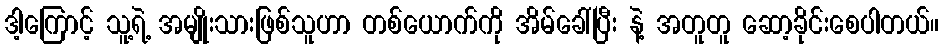
ဒါ့ကြောင့် သူ့ရဲ့ အမျိုးသားဖြစ်သူဟာ တစ်ယောက်ကို အိမ်ခေါ်ပြီး နဲ့ အတူတူ ဆော့ခိုင်းစေပါတယ်။